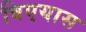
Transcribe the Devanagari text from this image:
विएयास